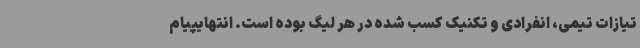
تیازات تیمی، انفرادی و تکنیک کسب شده در هر لیگ بوده است. انتهایپیام